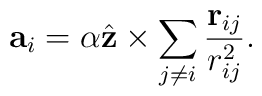
{\bf a}_i = \alpha \hat{\bf z} \times \sum_{j \neq i} \frac{{\bf r}_{ij}}{r_{ij}^2}.